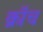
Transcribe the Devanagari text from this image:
क्रॉच